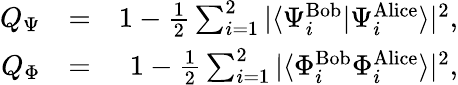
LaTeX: \begin{array}{rlr}{Q_{\Psi}}&{=}&{1-\frac{1}{2}\sum_{i=1}^{2}|\langle{\Psi_{i}^{\mathrm{Bob}}}|{\Psi_{i}^{\mathrm{Alice}}}\rangle|^{2},}\\ {Q_{\Phi}}&{=}&{1-\frac{1}{2}\sum_{i=1}^{2}|\langle{\Phi_{i}^{\mathrm{Bob}}}{\Phi_{i}^{\mathrm{Alice}}}\rangle|^{2},}\end{array}